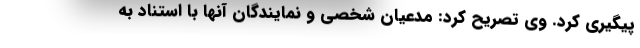
پیگیری کرد. وی تصریح کرد: مدعیان شخصی و نمایندگان آنها با استناد به